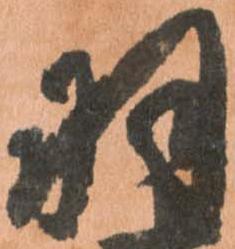
羽